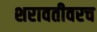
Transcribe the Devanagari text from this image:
शरावतीवरच